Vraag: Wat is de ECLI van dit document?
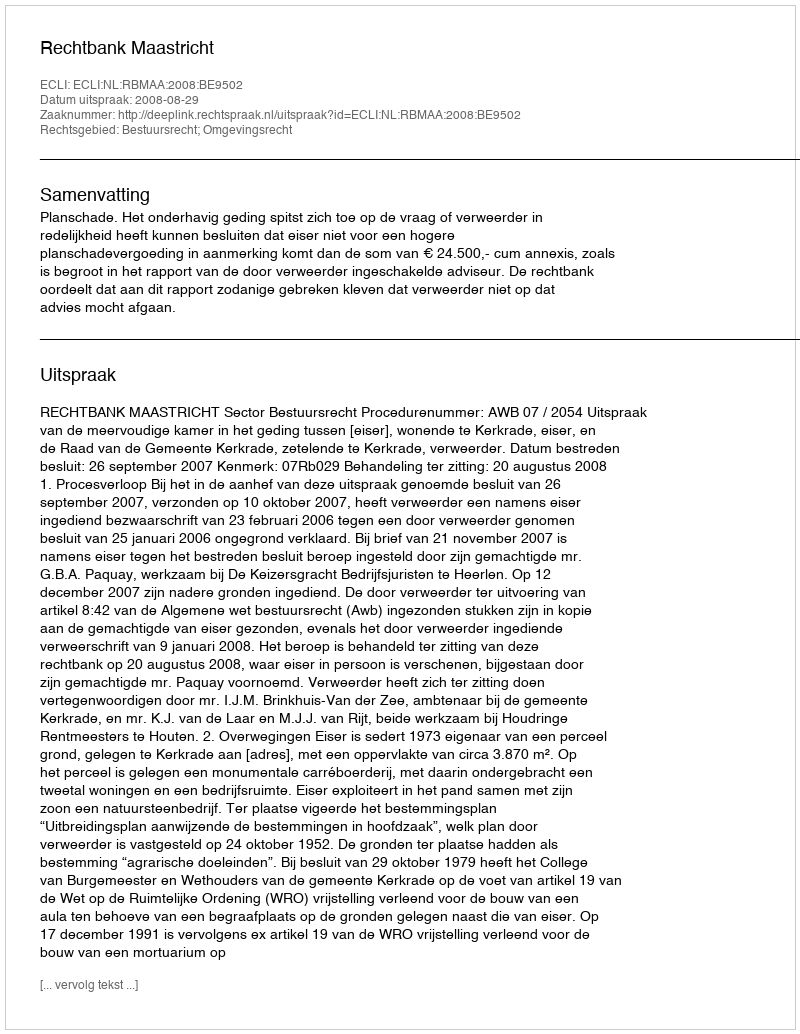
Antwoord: ECLI:NL:RBMAA:2008:BE9502